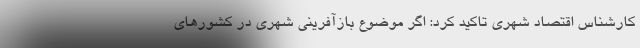
کارشناس اقتصاد شهری تاکید کرد: اگر موضوع بازآفرینی شهری در کشورهای